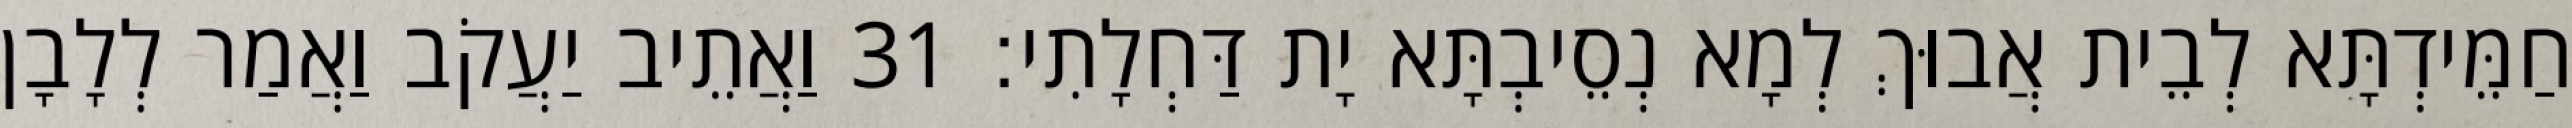
חַמֵּידְתָּא לְבֵית אֲבוּךְ לְמָא נְסֵיבְתָּא יָת דַּחְלָתִי׃ 31 וַאֲתֵיב יַעֲקֹב וַאֲמַר לְלָבָן